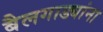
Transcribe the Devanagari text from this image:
बैलगाड्यांना